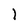
Character: l